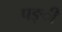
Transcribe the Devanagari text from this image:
पङ्ी